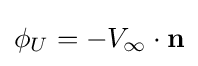
\phi _{U}=-V_{\infty }\cdot \mathbf {n}